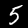
Digit: 5